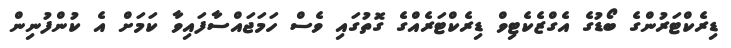
ޑިރެކްޓަރުންގެ ބޯޑުގެ އެގްޒެކެޓިވް ޑިރެކްޓަރެއްގެ ގޮތުގައި ވެސް ހަމަޖައްސާފައިވާ ކަމަށް އެ ކުންފުނިން